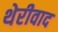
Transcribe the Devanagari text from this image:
थेरीवाद